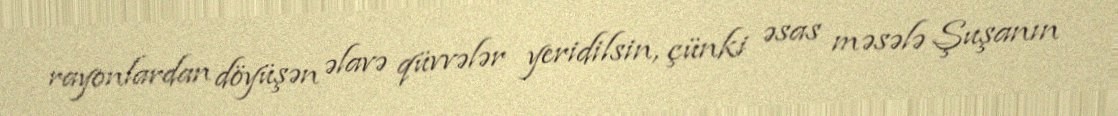
rayonlardan döyüşən əlavə qüvvələr yeridilsin, çünki əsas məsələ Şuşanın